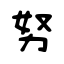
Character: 努